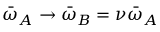
\bar { \omega } _ { A } \rightarrow \bar { \omega } _ { B } = \nu \bar { \omega } _ { A }